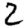
Digit: 2